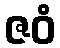
ဇဝံ